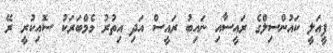
ފީއަލީ ކައުންސިލްގެ ރައީސާއި ނައިބު ރައީސް އަދި އިތުރު މެމްބަރަކު ސޮއިކުރީ ރޭ